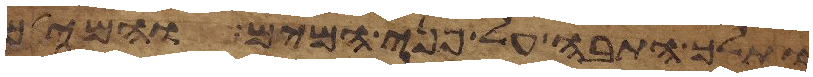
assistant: ותלך התבה על פני המים והמים